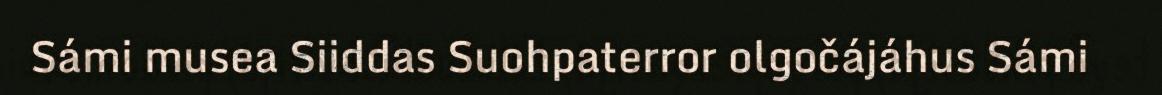
Sámi musea Siiddas Suohpaterror olgočájáhus Sámi